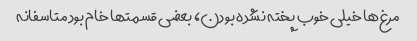
مرغ‌ها خیلی خوب پخته نشده بودن، بعضی قسمتها خام بود متاسفانه